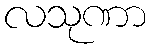
လသုဏာ